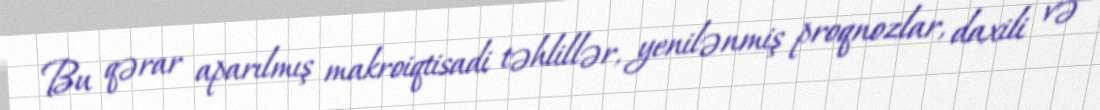
Bu qərar aparılmış makroiqtisadi təhlillər, yenilənmiş proqnozlar, daxili və